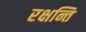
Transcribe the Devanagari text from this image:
रक्षन्ति